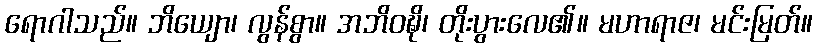
ရောဂါသည်။ ဘိယျော၊ လွန်စွာ။ အဘိဝဍ္ဎိ၊ တိုးပွားလေ၏။ မဟာရာဇ၊ မင်းမြတ်။